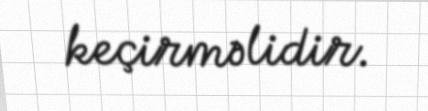
keçirməlidir.